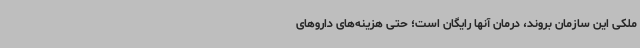
ملکی این سازمان بروند، درمان آنها رایگان است؛ حتی هزینه‌های داروهای